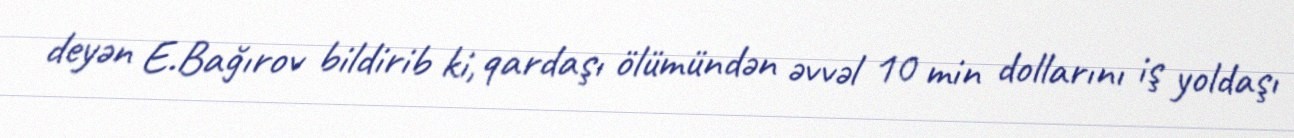
deyən E.Bağırov bildirib ki, qardaşı ölümündən əvvəl 10 min dollarını iş yoldaşı